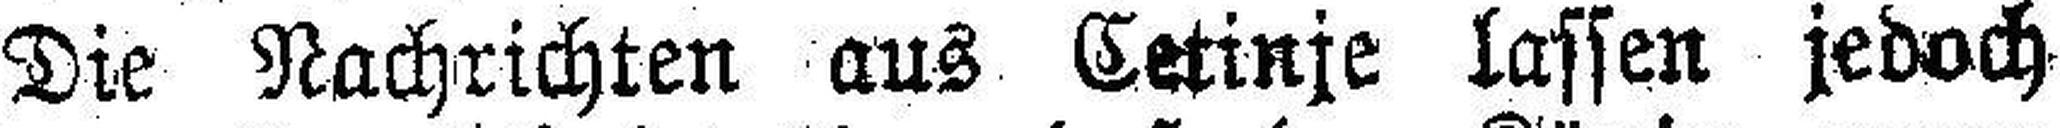
Die Nachrichten aus Cetinje lassen jedoch